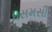
ધસમસી